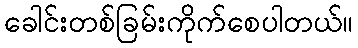
ခေါင်းတစ်ခြမ်းကိုက်စေပါတယ်။